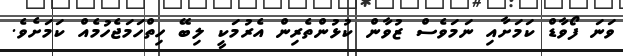
ވަނަ ފޯވާޑް ކަމަށާއި ނަމަވެސް ޒުވާން ކުޅުންތެރިން އެރުމަކީ ލިބޭ ހިތްހަމަޖެހުމެއް ކަމަށެވެ.